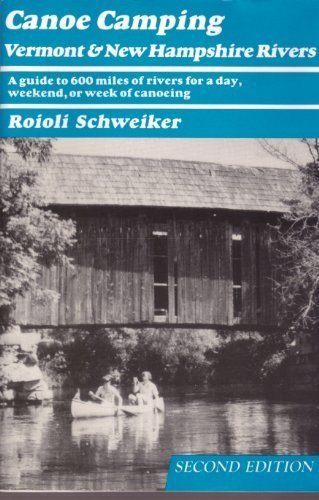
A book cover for Canoe Camping, Vermont and New Hampshire Rivers: A Guide to 600 Miles of Rivers for a Day, Weekend, or Week of Canoeing; Roioli Schweiker; Travel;